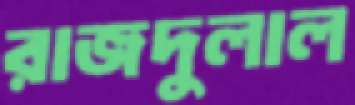
রাজদুলাল